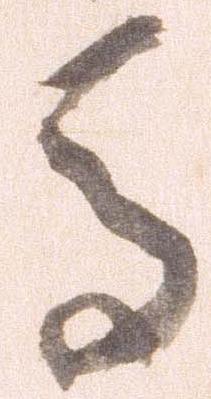
馬